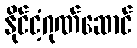
နိုင်ငံ့ဂုဏ်ဆောင်